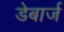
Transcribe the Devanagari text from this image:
डेबार्ज